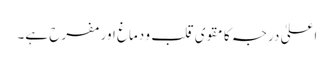
اعلیٰ درجہ کا مقوی قلب و دماغ اور مفرح ہے۔